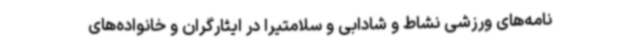
نامه‌های ورزشی نشاط و شادابی و سلامتیرا در ایثارگران و خانواده‌های